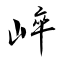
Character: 崪